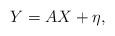
LaTeX: \begin{align*}Y= A X+ \eta,\end{align*}